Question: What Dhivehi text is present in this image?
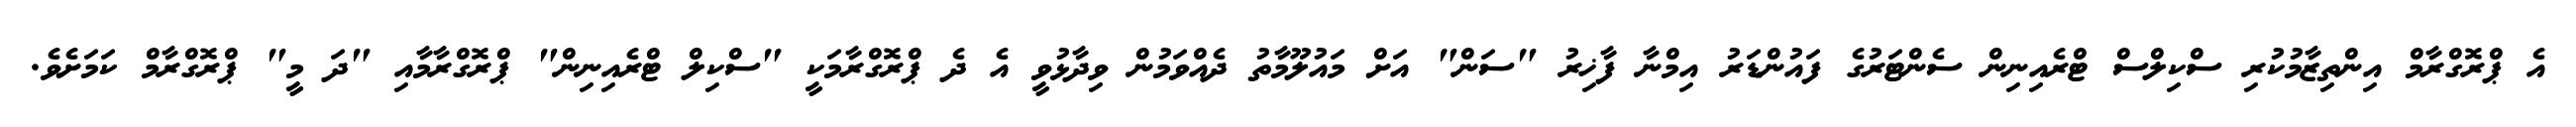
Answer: އެ ޕްރޮގްރާމް އިންތިޒާމުކުރި ސްކިލްސް ޓްރެއިނިން ސެންޓަރުގެ ފައުންޑަރު އިމްނާ ފާޚިރު "ސަން" އަށް މައުލޫމާތު ދެއްވަމުން ވިދާޅުވީ އެ ދެ ޕްރޮގްރާމަކީ "ސްކިލް ޓްރެއިނިން" ޕްރޮގްރާމާއި "ދަ މީ" ޕްރޮގްރާމް ކަމަށެވެ.